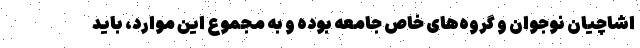
اشاچیان نوجوان و گروه‌های خاص جامعه بوده و به مجموع این موارد، باید